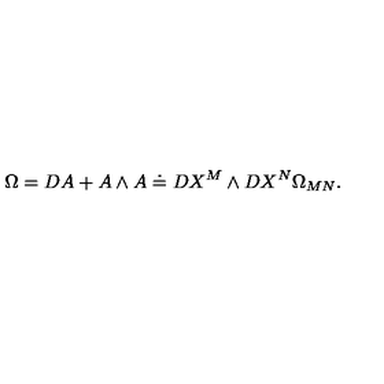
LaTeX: \Omega = D A + A \wedge A \doteq D X ^ { M } \wedge D X ^ { N } \Omega _ { M N } .